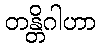
တန္တိဂါဟာ